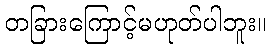
တခြားကြောင့်မဟုတ်ပါဘူး။